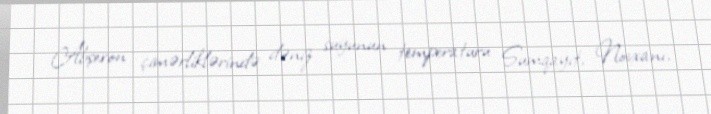
Abşeron çimərliklərində dəniz suyunun temperaturu Sumqayıt, Novxanı,